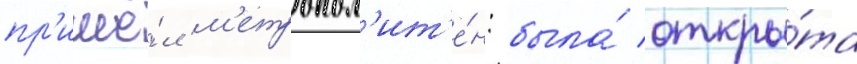
пр'ишё́л м'етропол'ит'е́н: была́ откры́та